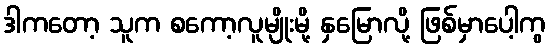
ဒါကတော့ သူက စကော့လူမျိုးမို့ နှမြောလို့ ဖြစ်မှာပေါ့ကွ